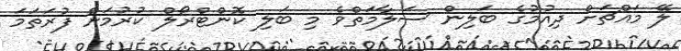
ލޭ މައްޗަށް ދިއުމުގެ ބަލިން ސަލާމަތްވެ މި ބަލި ކޮންޓްރޯލް ކުރުމަށް ފުރަތަމަ